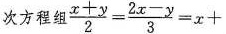
次方程组\frac{x+y}{2}=\frac{2x-y}{3}=x+